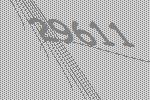
29611